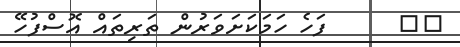
٧٥      ފަހެ ހަމަކަށަވަރުން ތަރިތައް އޮސްފުހޭ